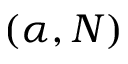
( \alpha , N )